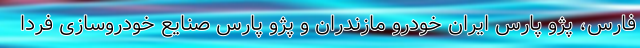
فارس، پژو پارس ایران خودرو مازندران و پژو پارس صنایع خودروسازی فردا